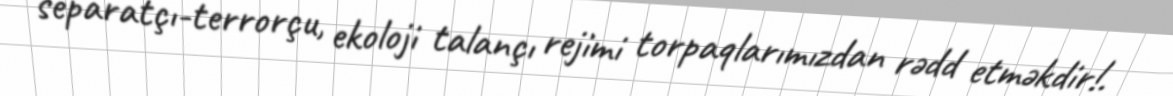
separatçı-terrorçu, ekoloji talançı rejimi torpaqlarımızdan rədd etməkdir!.